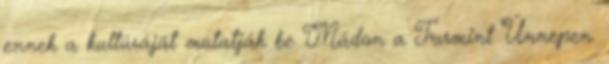
ennek a kultúráját mutatják be Mádon a Furmint Ünnepen.